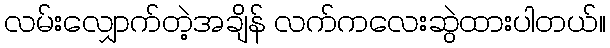
လမ်းလျှောက်တဲ့အချိန် လက်ကလေးဆွဲထားပါတယ်။